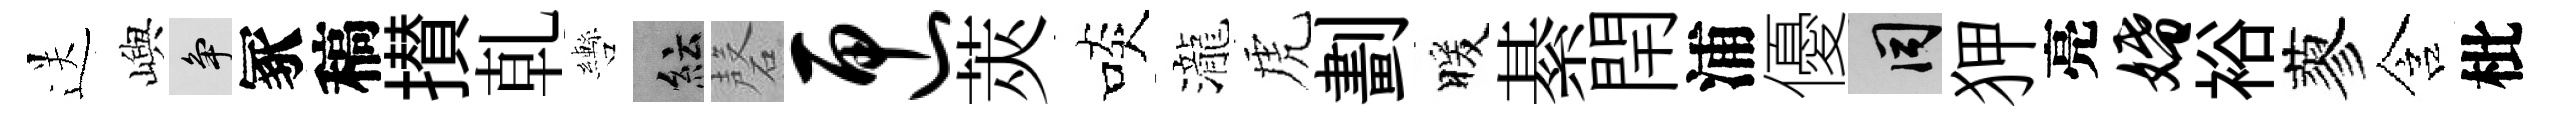
送嶼争冢稿攅乹轡紜磬匣莢啖瀧虎劃暖綦閈浦優间狎亮婚裕蓼含枇